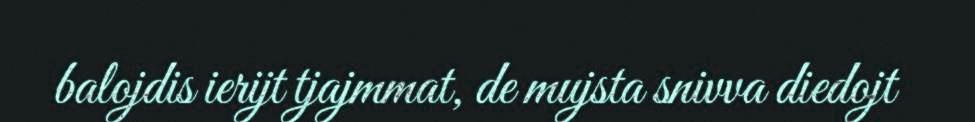
balojdis ierijt tjajmmat, de mujsta snivva diedojt